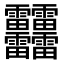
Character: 䨻